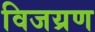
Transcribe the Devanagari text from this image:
विजय्रण